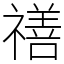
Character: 𥛶